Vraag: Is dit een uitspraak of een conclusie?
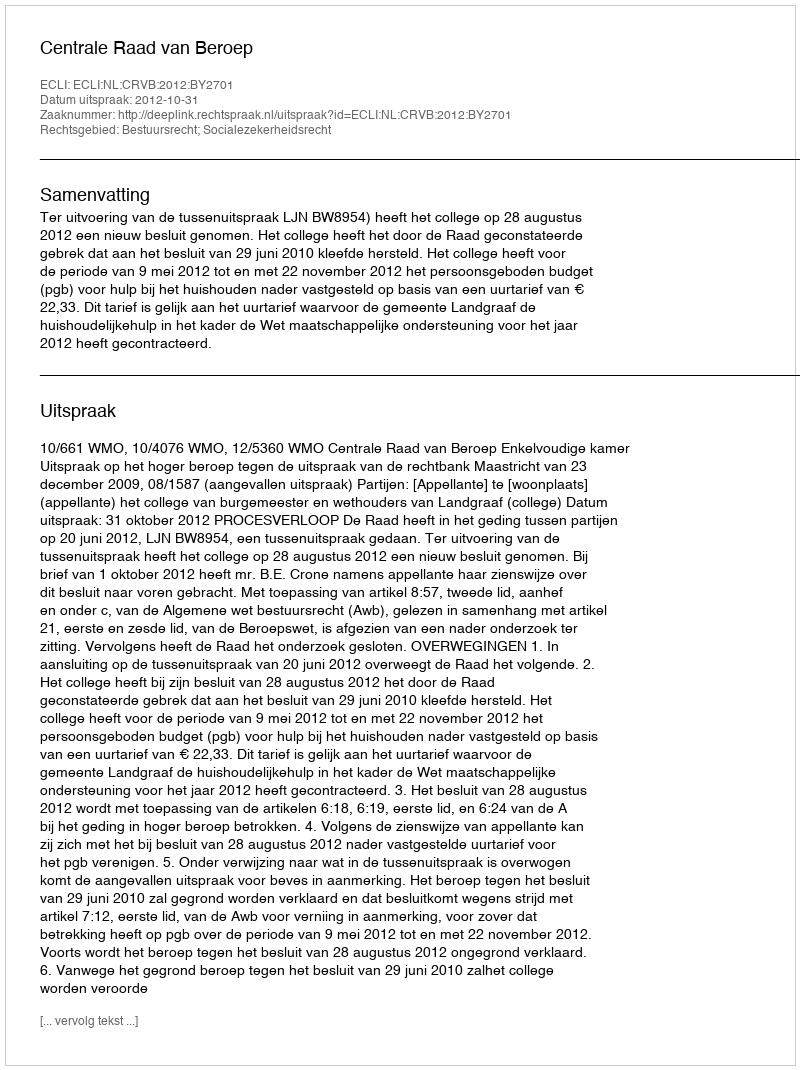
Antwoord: Uitspraak